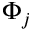
\Phi _ { j }